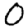
Digit: 0